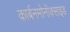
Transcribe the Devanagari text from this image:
कार्बनमोनॉक्साइड